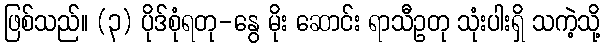
ဖြစ်သည်။ (၃) ပိုဒ်စုံရတု-နွေ မိုး ဆောင်း ရာသီဥတု သုံးပါးရှိ သကဲ့သို့